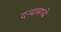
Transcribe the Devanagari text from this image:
दऱ्यामध्ये